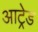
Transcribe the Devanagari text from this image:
आट्रेड